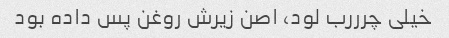
خیلی چرررب لود، اصن زیرش روغن پس داده بود